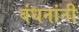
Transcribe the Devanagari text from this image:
बंधनांनी